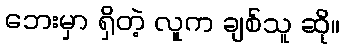
ဘေးမှာ ရှိတဲ့ လူက ချစ်သူ ဆို။